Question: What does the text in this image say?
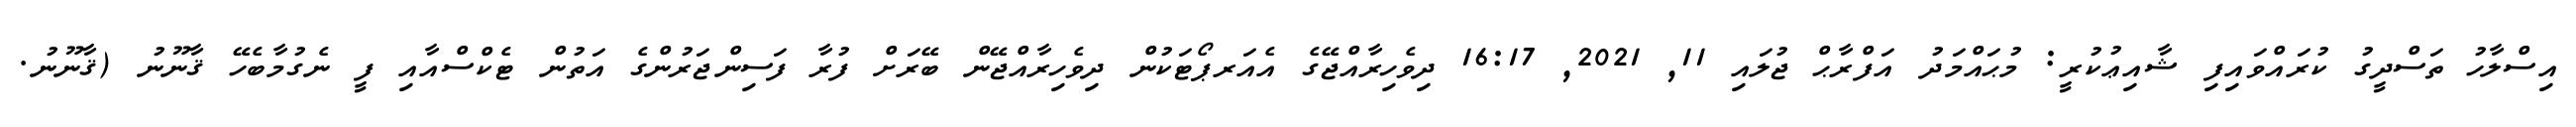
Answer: އިސްލާހު ތަސްދީގު ކުރައްވައިފި ޝާއިޢުކުރީ: މުޙައްމަދު އަފްރާޙް ޖުލައި 11, 2021, 16:17 ދިވެހިރާއްޖޭގެ އެއަރޕޯޓަކުން ދިވެހިރާއްޖޭން ބޭރަށް ފުރާ ފަސިންޖަރުންގެ އަތުން ޓެކްސްއާއި ފީ ނެގުމާބެހޭ ޤާނޫނު (ޤާނޫނު.